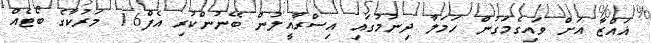
ޣައްޒާ އަށް ވައިގެމަގުން ހަމަލާ ދިނުމުގައި އިސްރާއީލުން ބޭނުންކުރި އެފް16 މަރުކާގެ ބޯޓެއް